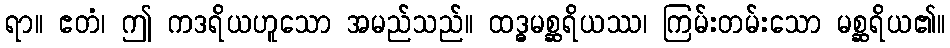
ရာ။ ဧတံ၊ ဤ ကဒရိယဟူသော အမည်သည်။ ထဒ္ဓမစ္ဆရိယဿ၊ ကြမ်းတမ်းသော မစ္ဆရိယ၏။